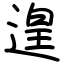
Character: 遑